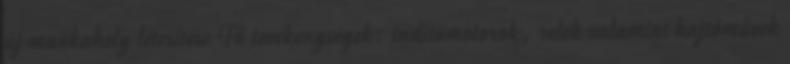
új munkahely létesítése Fő tevékenységek: indítómotorok, relék valamint hajtóművek